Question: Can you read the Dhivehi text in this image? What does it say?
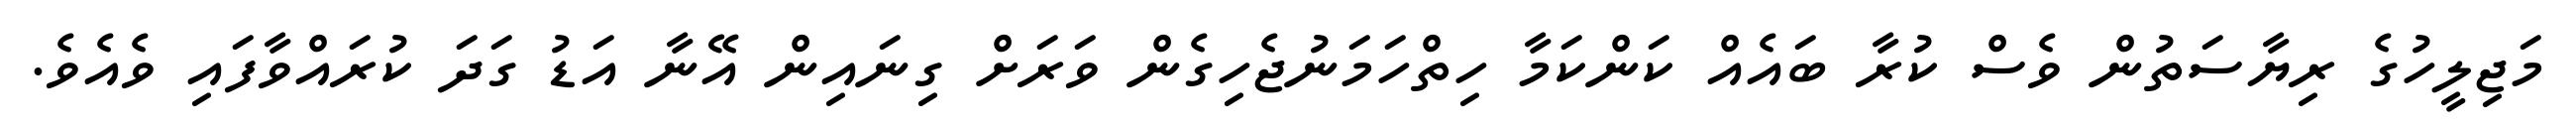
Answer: މަޖިލީހުގެ ރިޔާސަތުން ވެސް ކުރާ ބައެއް ކަންކަމާ ހިތްހަމަނުޖެހިގެން ވަރަށް ގިނައިން އޭނާ އަޑު ގަދަ ކުރައްވާފައި ވެއެވެ.